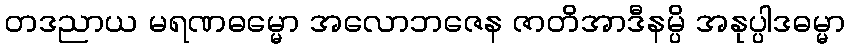
တဒညာယ မရဏဓမ္မော အလောဘဇေန ဇာတိအာဒီနမ္ပိ အနုပ္ပါဒဓမ္မာ